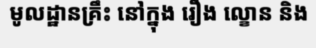
មូលដ្ឋានគ្រឹះ នៅក្នុង រឿង ល្ខោន និង